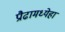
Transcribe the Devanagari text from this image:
प्रौढामध्येहा